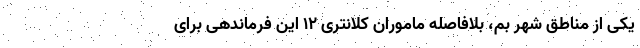
یکی از مناطق شهر بم، بلافاصله ماموران کلانتری ۱۲ این فرماندهی برای